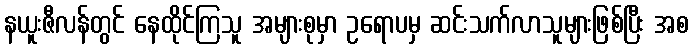
နယူးဇီလန်တွင် နေထိုင်ကြသူ အများစုမှာ ဥရောပမှ ဆင်းသက်လာသူများဖြစ်ပြီး အစ